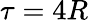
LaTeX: \tau=4R